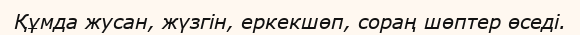
Құмда жусан, жүзгін, еркекшөп, сораң шөптер өседі.